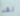
لقد